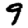
Digit: 9